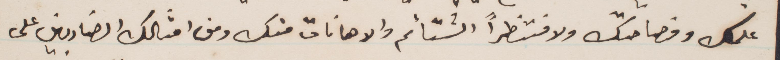
علمك وفصاحتك ولا منتظرًا الشتائم والاهانات منك ومن امثالك الضاربين على